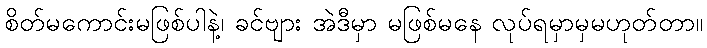
စိတ်မကောင်းမဖြစ်ပါနဲ့၊ ခင်ဗျား အဲဒီမှာ မဖြစ်မနေ လုပ်ရမှာမှမဟုတ်တာ။